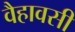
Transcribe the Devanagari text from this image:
वैहावसी